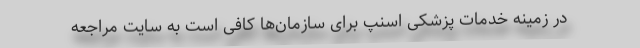
در زمینه خدمات پزشکی اسنپ‌ برای سازمان‌ها کافی است به سایت مراجعه